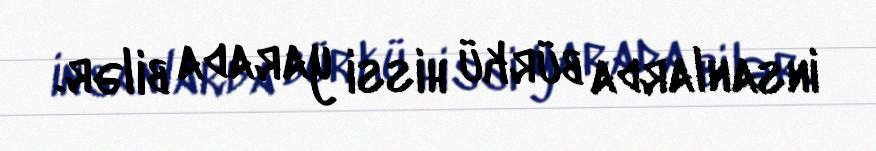
insanlarda bürkü hissi yarada bilər.